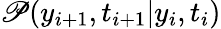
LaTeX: \mathscr{P}(y_{i+1},t_{i+1}|y_{i},t_{i})